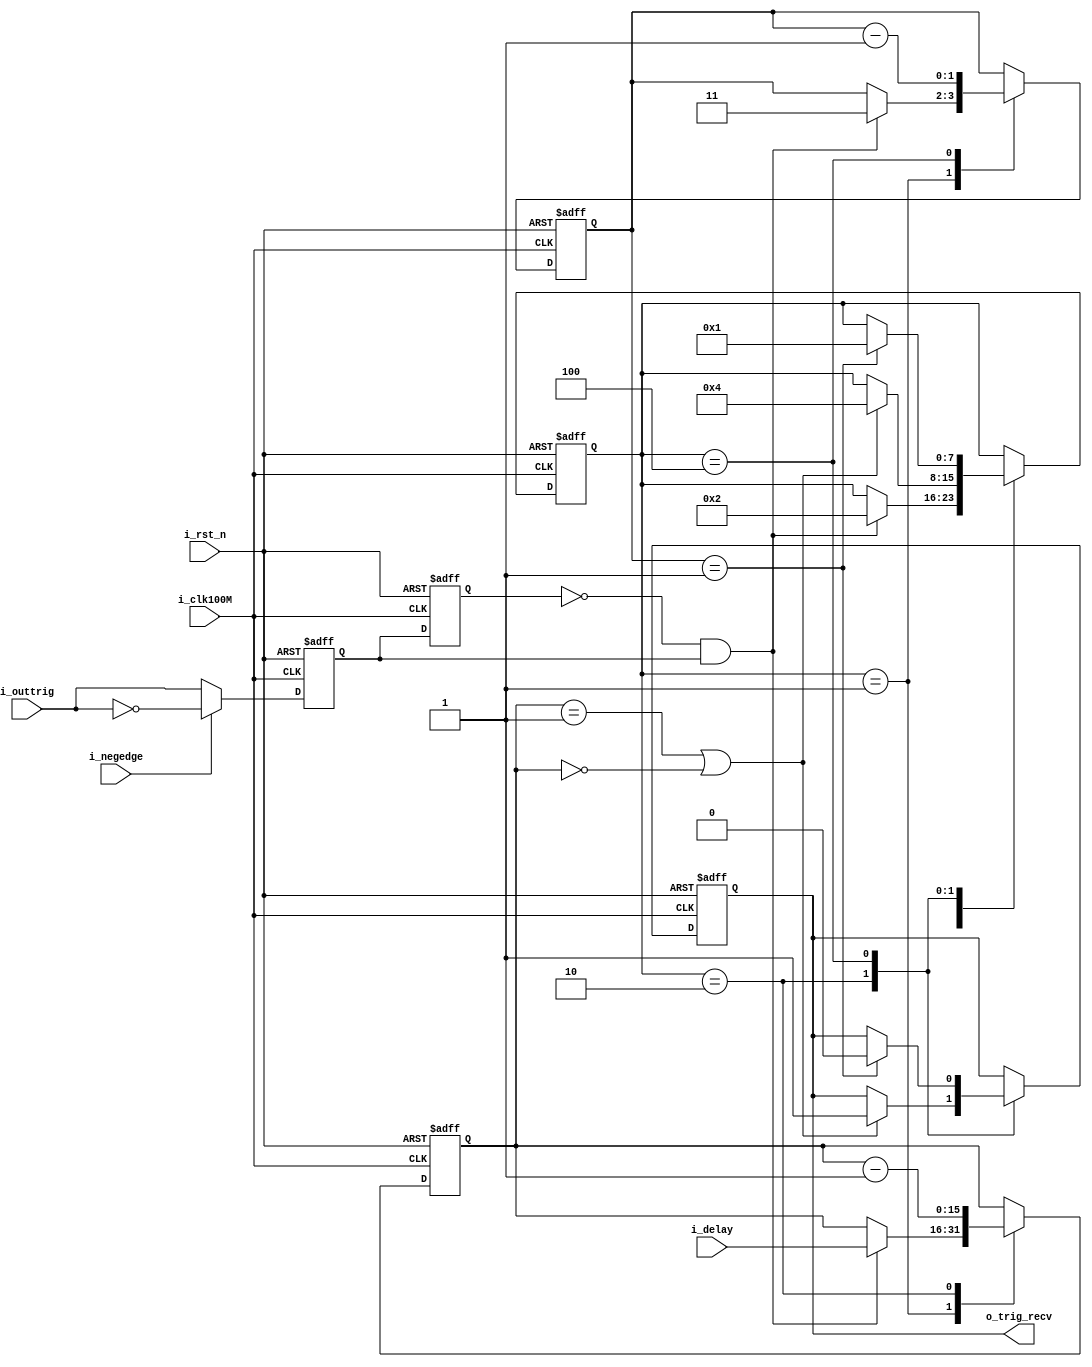
//100MHZ
module outtriger(
	input i_clk100M, 
	input i_rst_n, 
	input i_outtrig,
	input i_negedge,
	input [15:0] i_delay,		//unit 10ns
	output reg o_trig_recv
);

	localparam ST_IDEL = 8'd1;
	localparam ST_DELAY = 8'd2;
	localparam ST_HILEVEL = 8'd4;
	

	reg outtrig,_outtrig;
	
	always@(posedge i_clk100M or negedge i_rst_n)
	if(!i_rst_n)
	begin
		outtrig <= 1'b1;
		_outtrig <= 1'b1;
	end
	else
	begin
		{outtrig,_outtrig} <= {_outtrig,i_negedge ? ~i_outtrig : i_outtrig};
	end
	
	reg [7:0] state;
	reg [15:0] delay;
	reg [1:0] pulse;
	
	always@(posedge i_clk100M or negedge i_rst_n)
	if(!i_rst_n)
	begin
		state <= ST_IDEL;
		delay <= 0;
		pulse <= 2'd3;
		o_trig_recv <= 0;
	end
	else
	begin
		case(state)
		ST_IDEL:
			if(!outtrig & _outtrig)
			begin
				delay <= i_delay;
				pulse <= 2'd3;
				state <= ST_DELAY;
			end
		ST_DELAY:
		begin
			delay <= delay - 1'd1;
			if(delay == 15'd1 || delay == 0)
			begin
				o_trig_recv <= 1'd1;
				state <= ST_HILEVEL;
			end
		end
		ST_HILEVEL:
		begin
			pulse <= pulse - 1'd1;
			if(pulse == 2'd1)
			begin
				o_trig_recv <= 0;
				state <= ST_IDEL;
			end
		end
		endcase
	end


endmodule